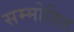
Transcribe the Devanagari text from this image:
सम्‍मोहित